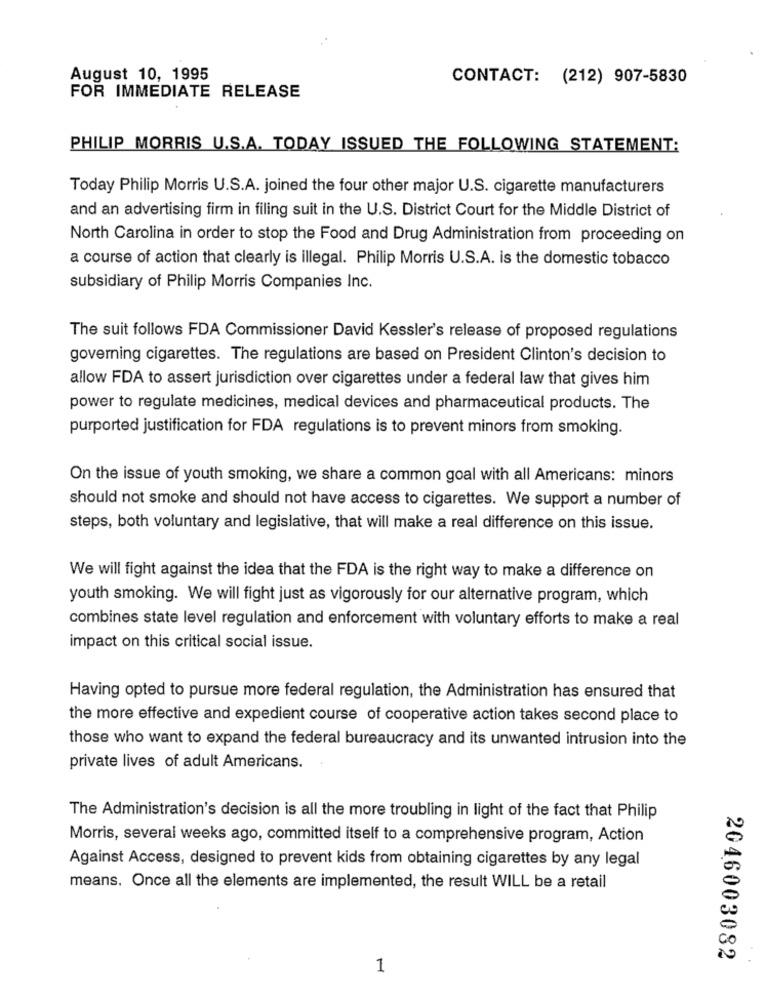
August 10, 1995
CONTACT: (212) 907-5830
FOR IMMEDIATE RELEASE
PHILIP MORRIS U.S.A. TODAY ISSUED THE FOLLOWING STATEMENT:
Today Philip Morris U.S.A. joined the four other major U.S. cigarette manufacturers
and an advertising firm in filing suit in the U.S. District Court for the Middle District of
North Carolina in order to stop the Food and Drug Administration from proceeding on
a course of action that clearly is illegal. Philip Morris U.S.A. is the domestic tobacco
subsidiary of Philip Morris Companies Inc.
The suit follows FDA Commissioner David Kessler's release of proposed regulations
governing cigarettes. The regulations are based on President Clinton's decision to
allow FDA to assert jurisdiction over cigarettes under a federal law that gives him
power to regulate medicines, medical devices and pharmaceutical products. The
purported justification for FDA regulations is to prevent minors from smoking.
On the issue of youth smoking, we share a common goal with all Americans: minors
should not smoke and should not have access to cigarettes. We support a number of
steps, both voluntary and legislative, that will make a real difference on this issue.
We will fight against the idea that the FDA is the right way to make a difference on
youth smoking. We will fight just as vigorously for our alternative program, which
combines state level regulation and enforcement with voluntary efforts to make a real
impact on this critical social issue.
Having opted to pursue more federal regulation, the Administration has ensured that
the more effective and expedient course of cooperative action takes second place to
those who want to expand the federal bureaucracy and its unwanted intrusion into the
private lives of adult Americans.
The Administration's decision is all the more troubling in light of the fact that Philip
Morris, several weeks ago, committed itself to a comprehensive program, Action
Against Access, designed to prevent kids from obtaining cigarettes by any legal
means. Once all the elements are implemented, the result WILL be a retail
2046003082
1